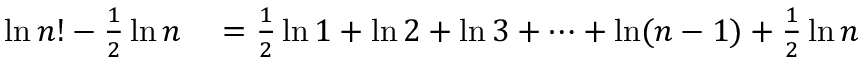
\begin{array} { r l } { \ln n ! - { \frac { 1 } { 2 } } \ln n } & { { } = { \frac { 1 } { 2 } } \ln 1 + \ln 2 + \ln 3 + \cdots + \ln ( n - 1 ) + { \frac { 1 } { 2 } } \ln n } \end{array}